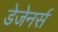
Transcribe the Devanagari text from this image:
डेजेनर्स